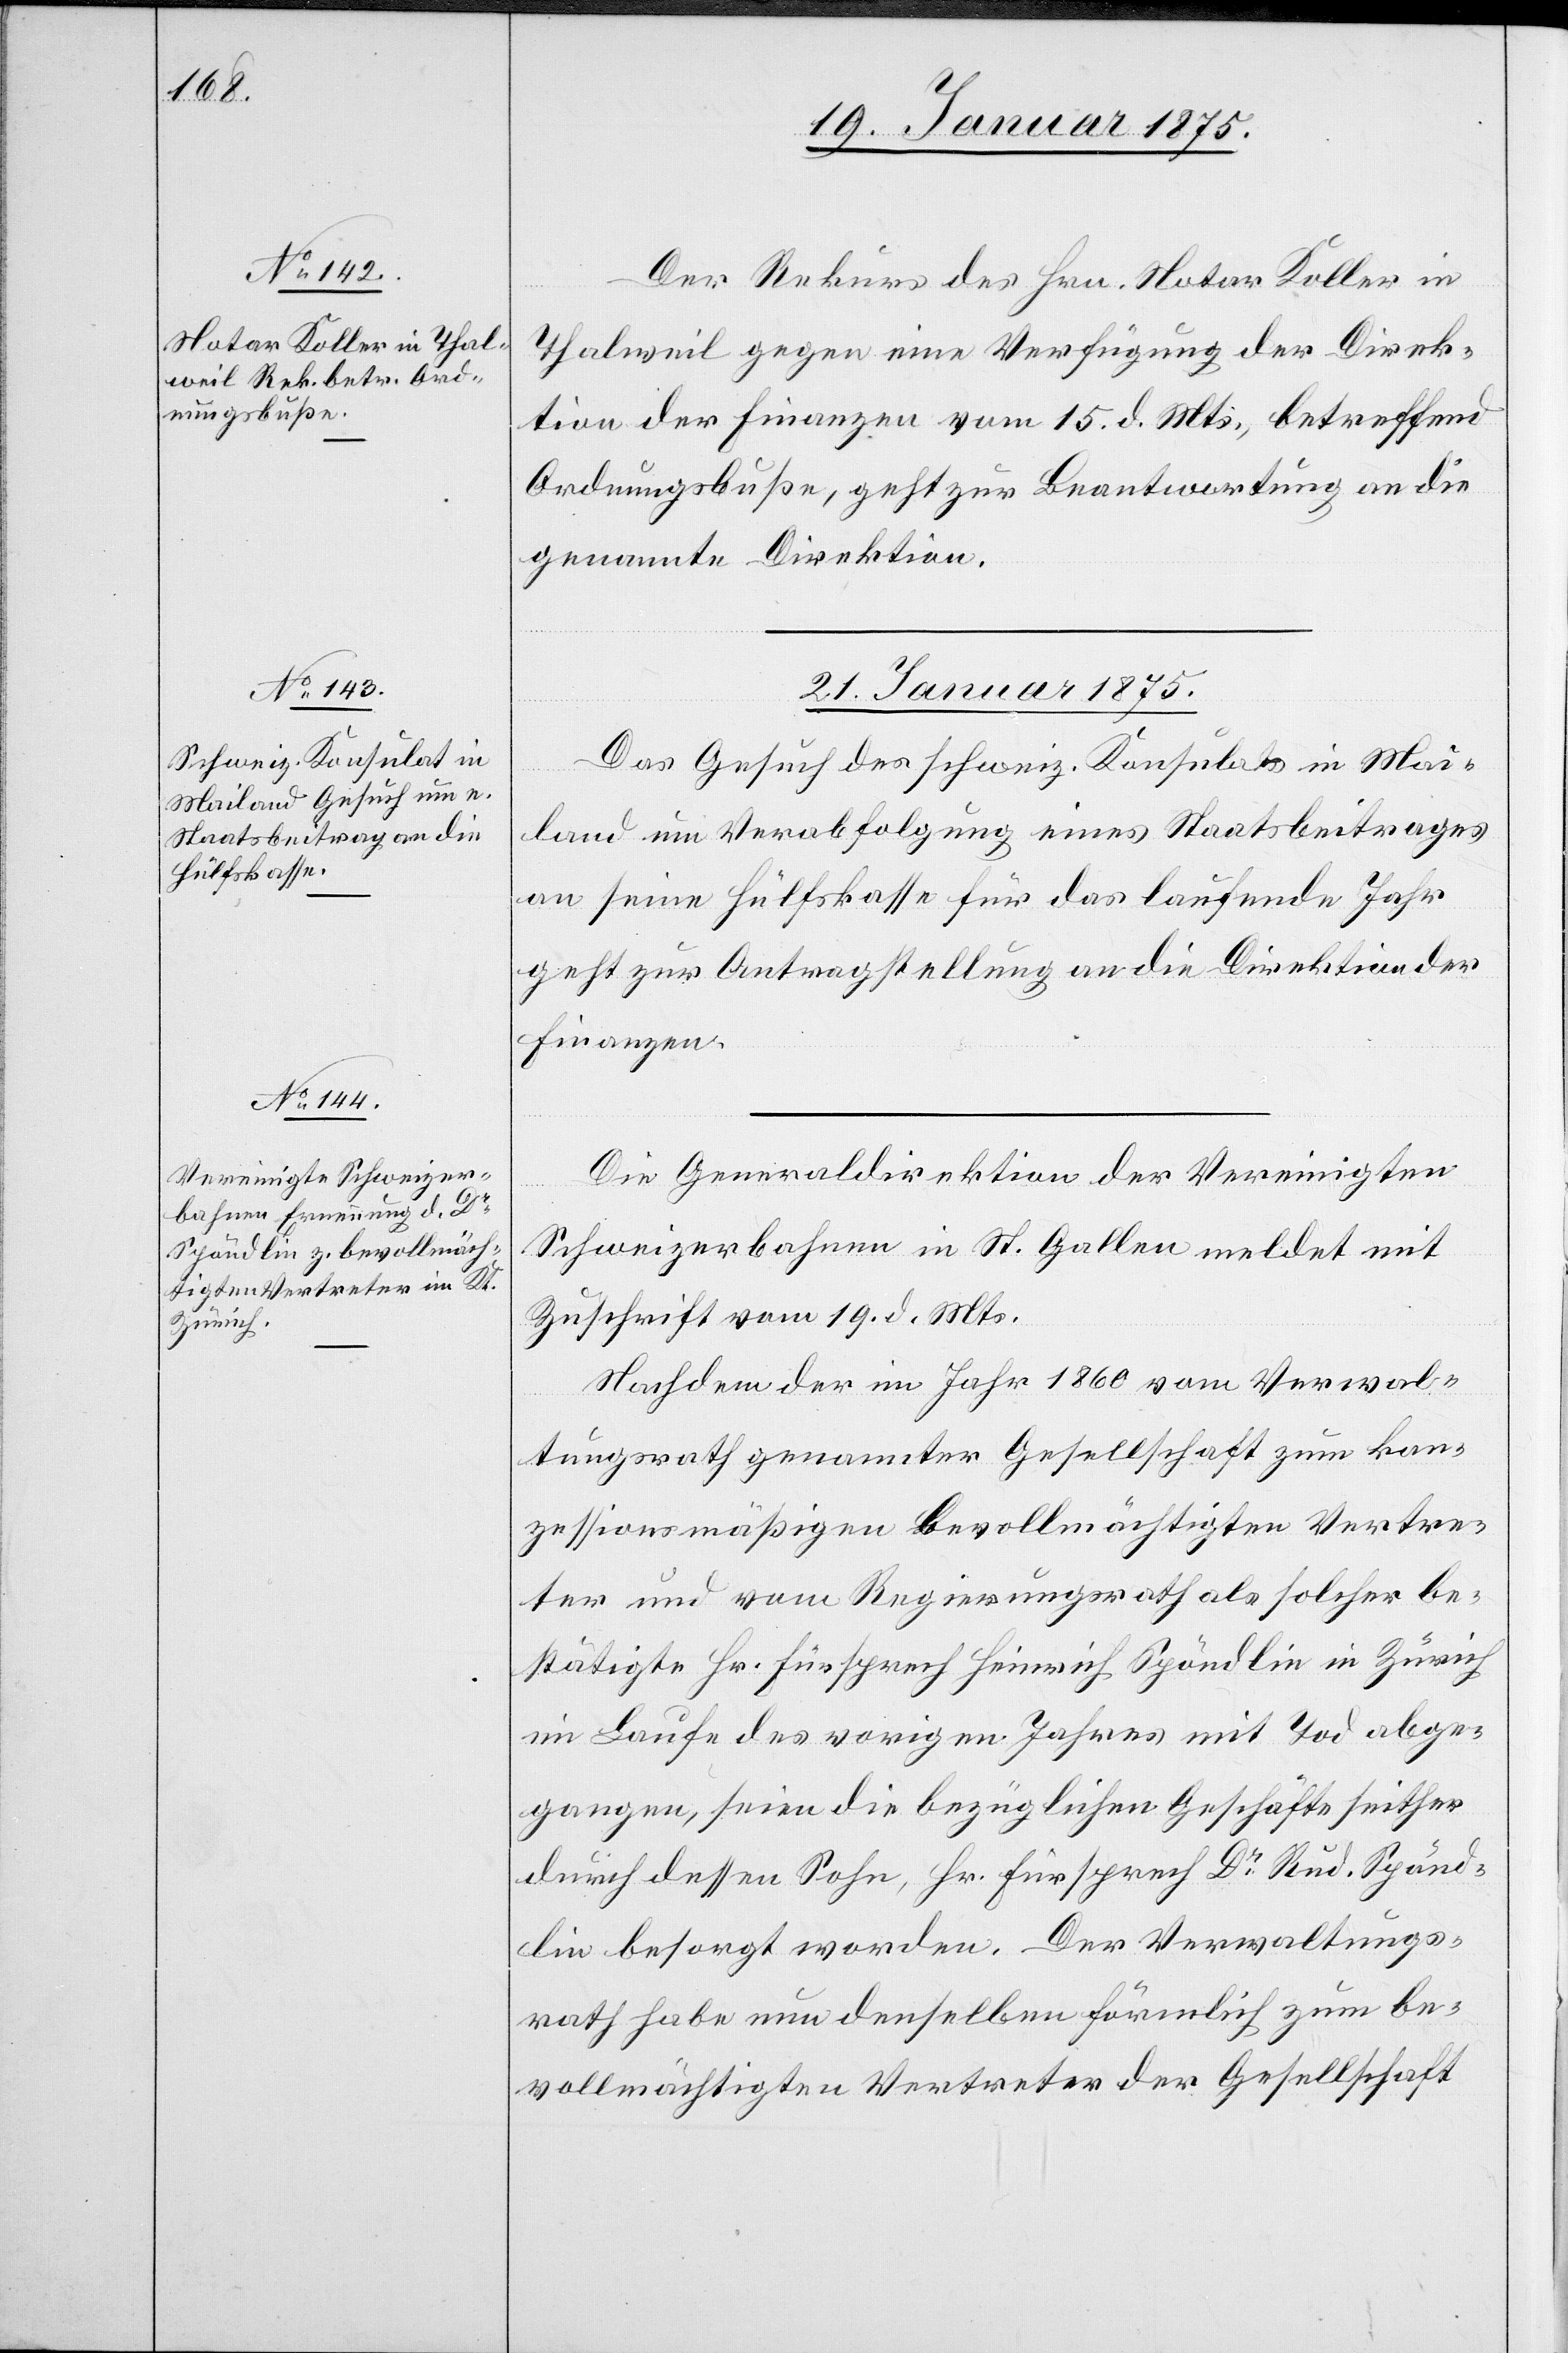
Der Rekurs des Hrn. Notar Koller in
Thalweil gegen eine Verfügung der Direk¬
tion der Finanzen vom 15. d. Mts., betreffend
Ordnungsbuße, geht zur Beantwortung an die
genannte Direktion.
21. Januar 1875.]
Das Gesuch des schweiz. Konsulats in Mai¬
land um Verabfolgung eines Staatsbeitrages
an seine Hülfskasse für das laufende Jahr
geht zur Antragstellung an die Direktion der
Finanzen.
Die Generaldirektion der Vereinigten
Schweizerbahnen in St. Gallen meldet mit
Zuschrift vom 19. d. Mts.
Nachdem der im Jahr 1860 vom Verwal¬
tungsrath genannter Gesellschaft zum kon¬
zessionsmäßigen bevollmächtigten Vertre¬
ter und vom Regierungsrathe als solcher be¬
stätigte Hr. Fürsprech Heinrich Spöndlin in Zürich
im Laufe des vorigen Jahres mit Tod abge¬
gangen, seien die bezüglichen Geschäfte seither
durch dessen Sohn, Hr. Fürsprech Dr Rud. Spönd¬
lin besorgt worden. Der Verwaltungs¬
rath habe nun denselben förmlich zum be¬
vollmächtigten Vertreter der Gesellschaft